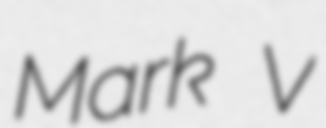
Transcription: Mark V